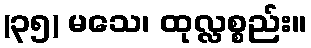
(၃၅) မသေ၊ ထုလ္လစ္စည်း။